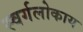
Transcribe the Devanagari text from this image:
स्वर्गलोकाय